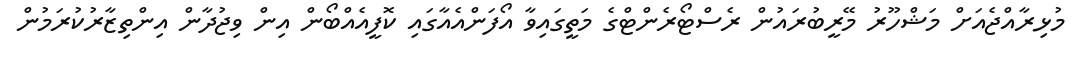
މުޅިރާއްޖެއަށް މަޝްހޫރު މޭރީބުރައުން ރެސްޓޯރެންޓްގެ މަތީގައިވާ އޯފަންއެއާގައި ކޮފީއެއްބޯން އިން ވިޖުދާން އިންތިޒާރުކުރަމުން